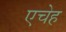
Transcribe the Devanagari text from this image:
एचेह